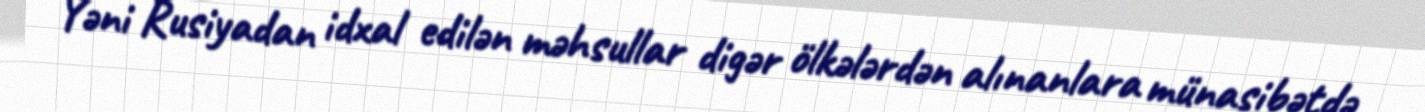
Yəni Rusiyadan idxal edilən məhsullar digər ölkələrdən alınanlara münasibətdə